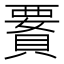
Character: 𧷋